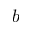
b